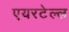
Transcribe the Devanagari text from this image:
एयरटेल्ल